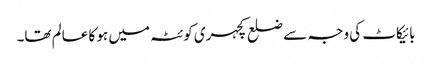
بائیکاٹ کی وجہ سے ضلع کچہری کوئٹہ میں ہو کا عالم تھا۔